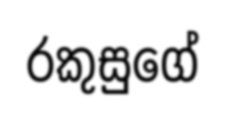
රකුසුගේ